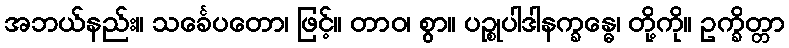
အဘယ်နည်း။ သင်္ခေပတော၊ ဖြင့်။ တာဝ၊ စွာ။ ပဉ္စုပါဒါနက္ခန္ဓေ၊ တို့ကို။ ဥက္ခိတ္တာ